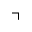
\urcorner